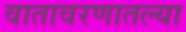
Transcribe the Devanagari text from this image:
वातावरणातल्या